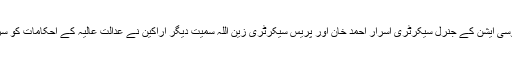
ایسوسی ایشن کے جنرل سیکرٹری اسرار احمد خان اور پریس سیکرٹری زین اللہ سمیت دیگر اراکین نے عدالت عالیہ کے احکامات کو سراہا۔